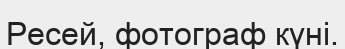
Ресей, фотограф күні.